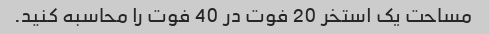
مساحت یک استخر 20 فوت در 40 فوت را محاسبه کنید.